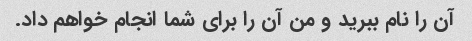
آن را نام ببرید و من آن را برای شما انجام خواهم داد.